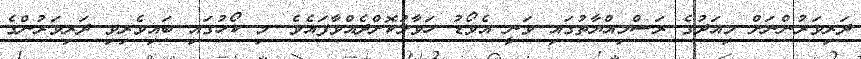
ދަރިވަރުންނަށް މިއަދުގެ ރަސްމިއްޔާތުގައި ވަނީ އެވޯޑު ހަވާލުކޮށްދެއްވާފައެވެ. މި ކޯހުގައި ބައިވެރިވި ދަރިވަރުންގެ